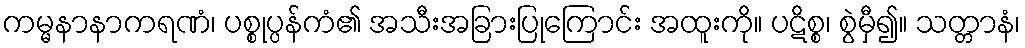
ကမ္မနာနာကရဏံ၊ ပစ္စုပ္ပန်ကံ၏ အသီးအခြားပြုကြောင်း အထူးကို။ ပဋိစ္စ၊ စွဲမှီ၍။ သတ္တာနံ၊